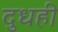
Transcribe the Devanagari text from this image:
दुधही